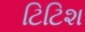
ટિટિશ